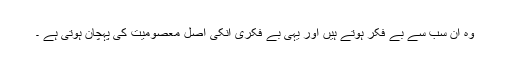
وہ ان سب سے بے فکر ہوتے ہیں اور یہی بے فکری انکی اصل معصومیت کی پہچان ہوتی ہے ۔